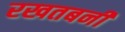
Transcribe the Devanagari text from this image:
रखतबनी